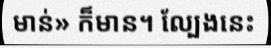
មាន់» ក៏មាន។ ល្បែងនេះ